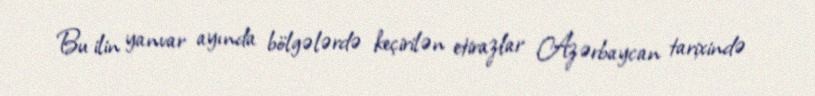
Bu ilin yanvar ayında bölgələrdə keçirilən etirazlar Azərbaycan tarixində